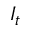
I _ { t }